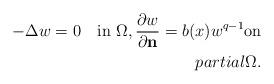
LaTeX: \begin{align*}-\Delta w = 0 \quad\mbox{in} \ \Omega, \frac{\partial w}{\partial \mathbf{n}} = b(x)w^{q-1} \mbox{on} \\partial \Omega.\end{align*}